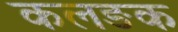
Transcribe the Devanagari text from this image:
कलङक